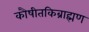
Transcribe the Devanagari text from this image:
कौषीतकिब्राह्मण